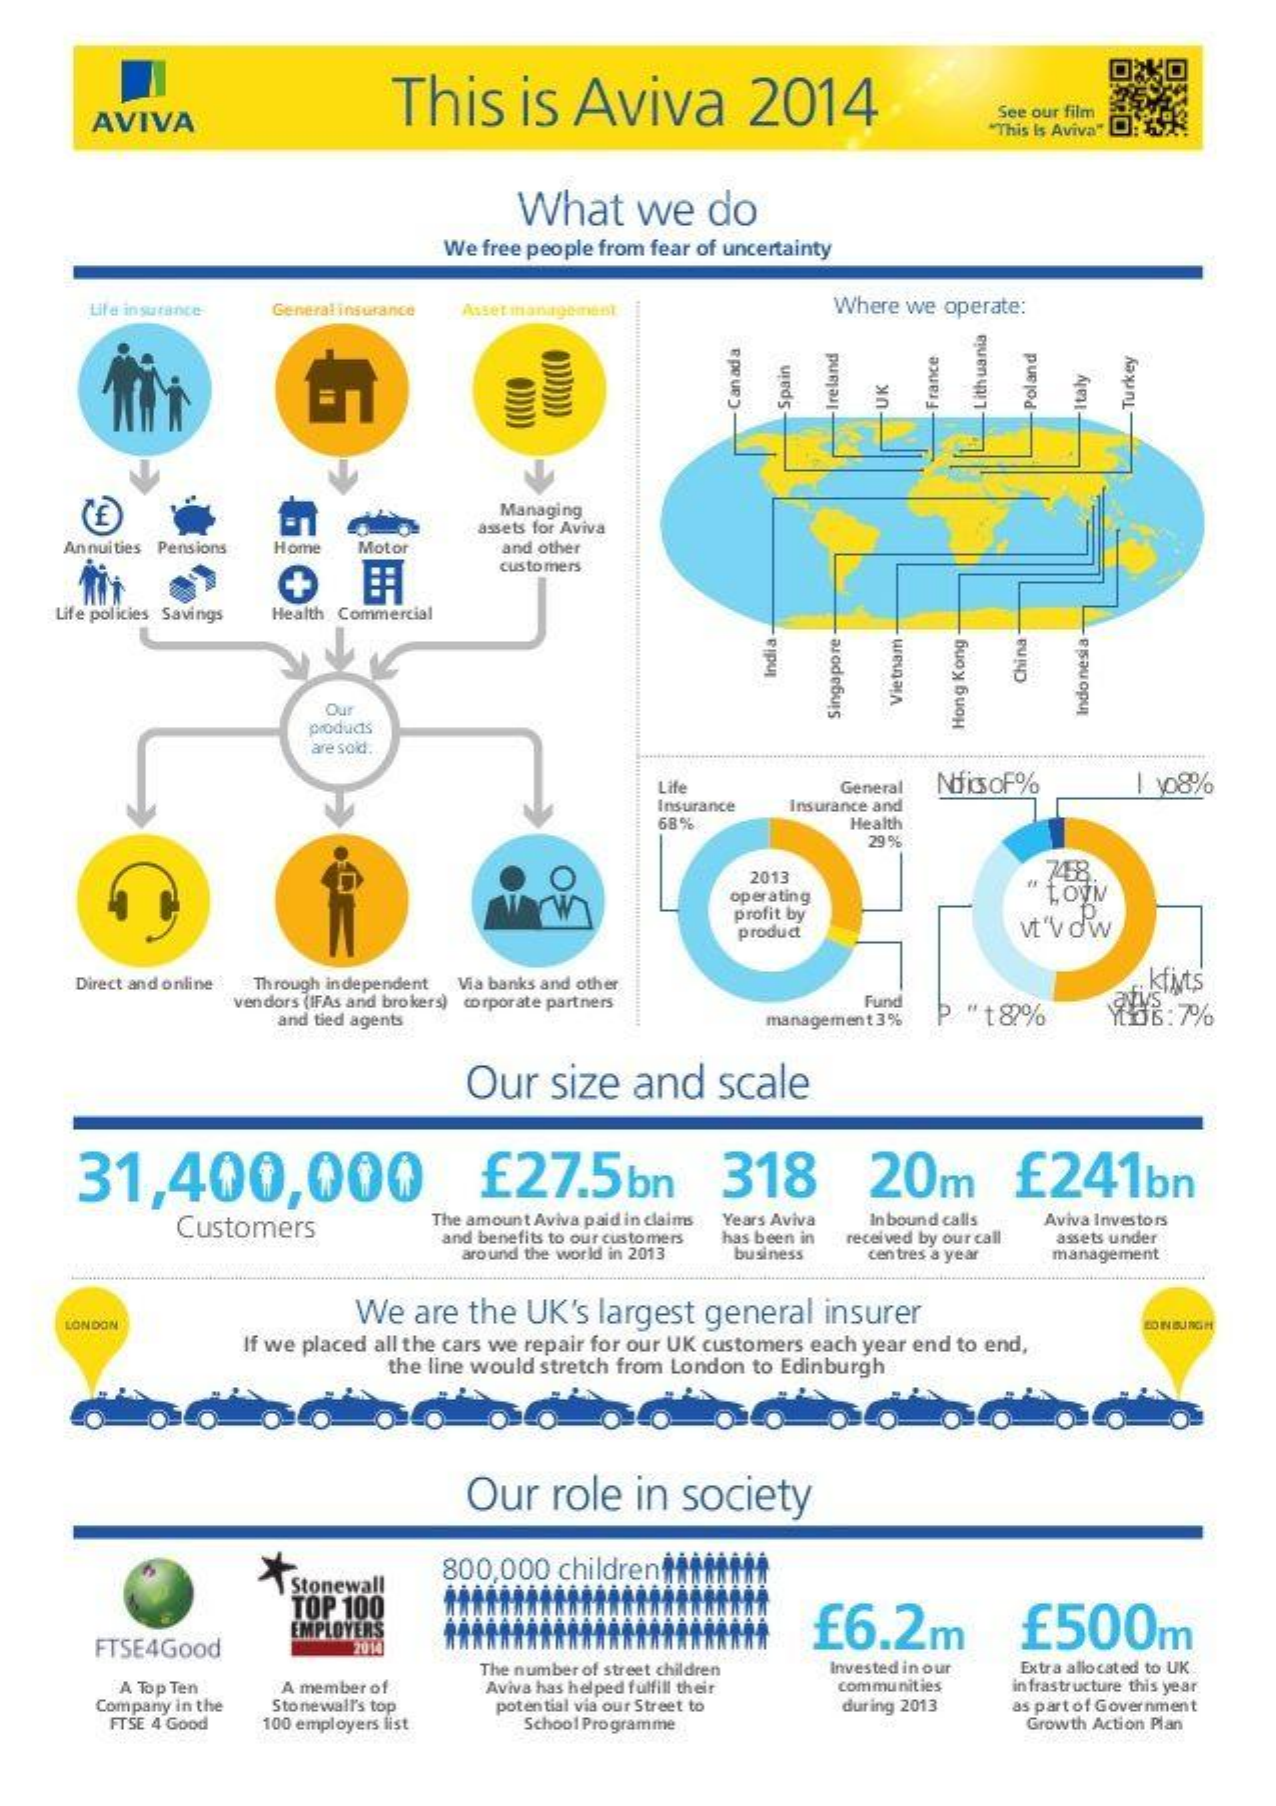
This    is  Aviva    2014
     AVIVA
     See our film
     "This Is Aviva"
     What    we   do
     We free people from fear of uncertainty
     Life insurance General insurance Asset management    Where we operate:
     Lithuania Spain UK
     -Poland Italy -Canada -France CCCCCCCO Ireland -Turkey CCCCCO
     Managing
     assets for Aviva
     Annuities Pensions Home Motor  and other
     +
     customers
    Life policies Savings Health Commercial
     India    China
     Our
     Vietnam    Indonesia
     products
     Singapore
     Hong
     Kong
     are said.
     Life    General NifisoF%    | 108%
     Insurance Insurance and
     68%    Health
     29 %
     2013    7458.
     operating    "Lovi
     profit by
     product    vt"V dw
     Direct and online Through independent Via banks and other
     vendors (IFAs and brokers) corporate partners Fund
     and tied agents    management 3% P "t8%
     ¡ktivts
     Our  size  and   scale
     31,400,000    £27.5bn    318    20m    £241bn
     Customers    The amount Aviva paid in claims Years Aviva In bound calls Aviva Investors
     and benefits to our customers
     around the world in 2013
     has been in
     business
     received by our call
     centres a year
     assets under
     management
     We  are the UK's largest general insurer
     LONDON
     If we placed all the cars we repair for our UK customers each year end to end,
     LON BURGH
     the line would stretch from London to Edinburgh
     Our  role  in  society
     Stonewall
     800,000 children1011tti
     TOP 100
     £6.2m    £500m
     FTSE4Good
     EMPLOYERS
     2014
     Invested in our Extra allocated to UK
     A Top Ten  A member of
     The number of street children
     Aviva has helped fulfill their communities infrastructure this year
     Company in the
     FTSE 4 Good
     Stonewall's top
     100 employers list
     potential via our Street to
     School Programme
     during 2013  as part of Government
     Growth Action Plan